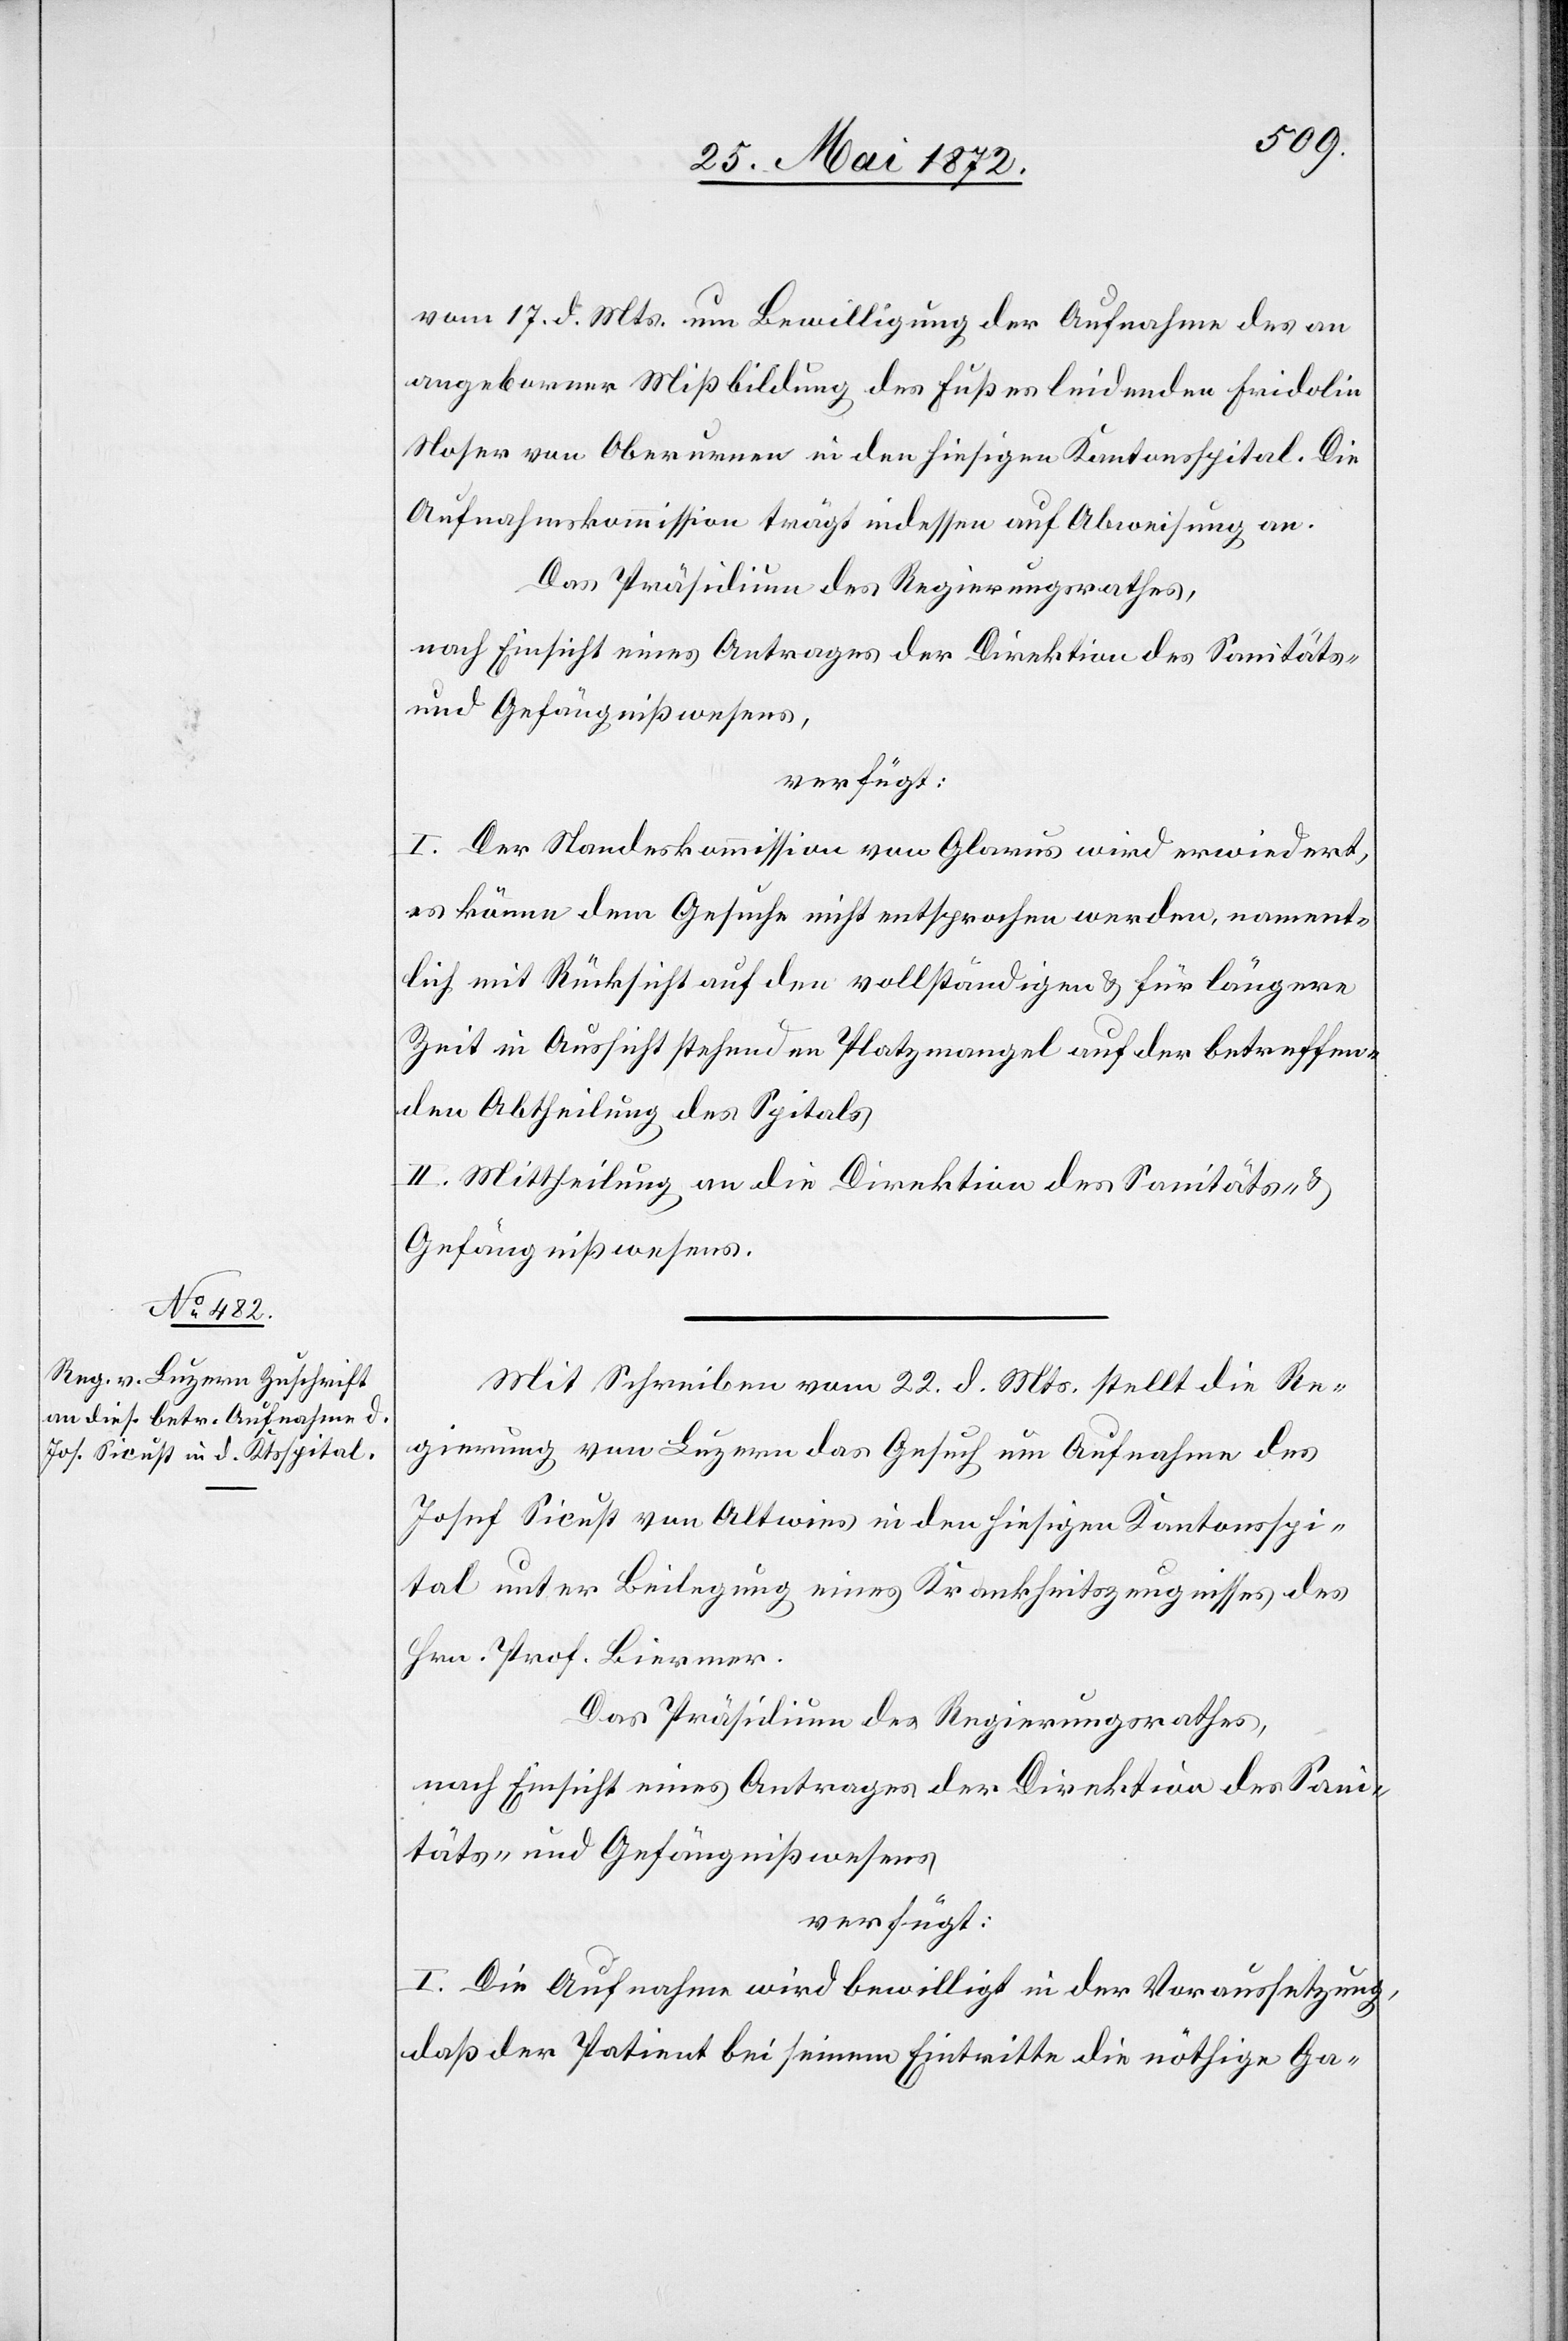
28. Mai 1872.]
vom 17. d. Mts. um Bewilligung der Aufnahme des an
angeborner Mißbildung des Fußes leidenden Fridolin
Noser von Oberurnen in den hiesigen Kantonsspital. Die
Aufnahmskommission trägt indessen auf Abweisung an.
Das Präsidium des Regierungsrathes,
nach Einsicht eines Antrages der Direktion des Sanitäts-
und Gefängnißwesens,
verfügt:
I. Der Standeskommission von Glarus wird erwiedert,
es könne dem Gesuche nicht entsprochen werden, nament¬
lich mit Rücksicht auf den vollständigen u. für längere
Zeit in Aussicht stehenden Platzmangel auf der betreffen¬
den Abtheilung des Spitals[.]
II. Mittheilung an die Direktion des Sanitäts- u.
Gefängnißwesens,
Mit Schreiben vom 22. d. Mts. stellt die Re¬
gierung von Luzern das Gesuch um Aufnahme des
Josef Sicust von Altwies in den hiesigen Kantonsspi¬
tal unter Beilegung eines Krankheitszeugnisses des
Hrn. Prof. Biermer.
Das Präsidium des Regierungsrathes,
verfügt:
I. Die Aufnahme wird bewilligt in der Voraussetzung,
daß der Patient bei seinem Eintritte die nöthige Ga-